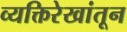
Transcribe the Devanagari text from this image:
व्यक्तिरेखांतून